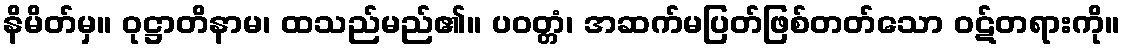
နိမိတ်မှ။ ဝုဋ္ဌာတိနာမ၊ ထသည်မည်၏။ ပဝတ္တံ၊ အဆက်မပြတ်ဖြစ်တတ်သော ဝဋ်တရားကို။